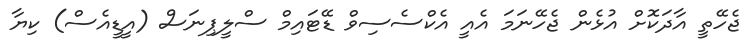
ޖެހޭތީ އާދަކޮށް އުޅެން ޖެހޭނަމަ އެއީ އެކްސެސިވް ޑޭޓައިމް ސްލީޕިނަސް (އީޑީއެސް) ކިޔާ